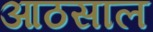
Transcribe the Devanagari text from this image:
आठसाल